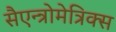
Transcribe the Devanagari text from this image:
सैएन्त्रोमेत्रिक्स